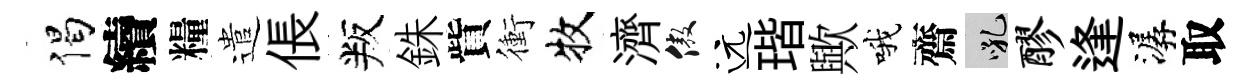
偈續糧遣倀叛銖貲衝牧濟傲远瑎歟哦齋吼醪逢潺取